Vaccination report Assam 1896-1927 - 1896-1927
Year: 1896
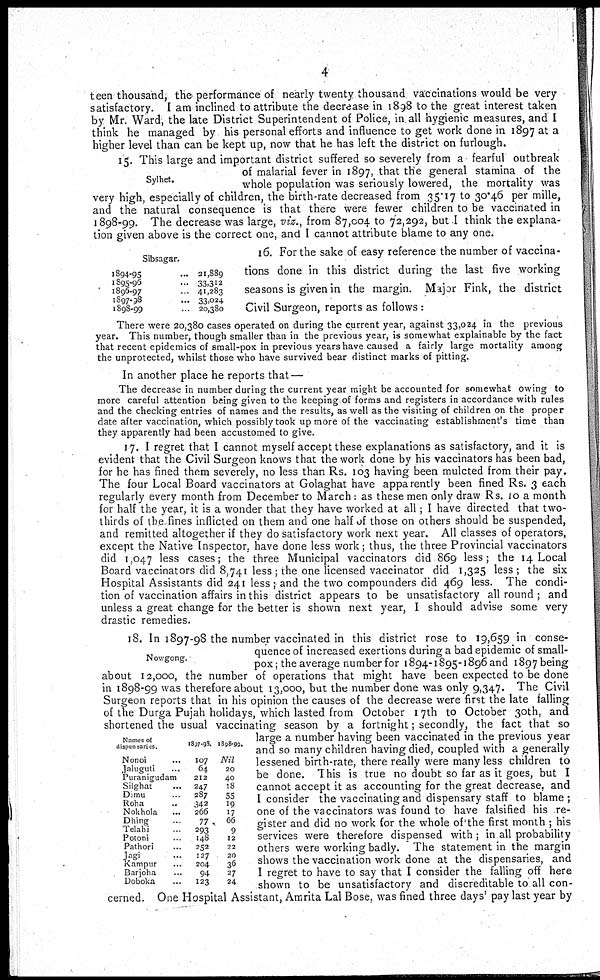
4
teen thousand, the performance of nearly twenty thousand vaccinations would be very
satisfactory. I am inclined to attribute the decrease in 1898 to the great interest taken
by Mr. Ward, the late District Superintendent of Police, in all hygienic measures, and I
think he managed by his personal efforts and influence to get work done in 1897 at a
higher level than can be kept up, now that he has left the district on furlough.
Sylhet.
15. This large and important district suffered so severely from a fearful outbreak
of malarial fever in 1897, that the general stamina of the
whole population was seriously lowered, the mortality was
very high, especially of children, the birth-rate decreased from 35.17 to 30.46 per mille,
and the natural consequence is that there were fewer children to be vaccinated in
1898-99. The decrease was large, viz., from 87,004 to 72,292, but I think the explana-
tion given above is the correct one, and I cannot attribute blame to any one.
Sibsagar.
1894-95...
1895-96...
1896-97...
1897-38...
1898-99...
21,889
33,312
41,283
33,024
20,380
16. For the sake of easy reference the number of vaccina-
tions done in this district during the last five working
seasons is given in the margin. Major Fink, the district
Civil Surgeon, reports as follows :
There were 20,380 cases operated on during the current year, against 33,024 in the previous
year. This number, though smaller than in the previous year, is somewhat explainable by the fact
that recent epidemics of small-pox in previous years have caused a fairly large mortality among
the unprotected, whilst those who have survived bear distinct marks of pitting.
In another place he reports that —
The decrease in number during the current year might be accounted for somewhat owing to
more careful attention being given to the keeping of forms and registers in accordance with rules
and the checking entries of names and the results, as well as the visiting of children on the proper
date after vaccination, which possibly took up more of the vaccinating establishment's time than
they apparently had been accustomed to give.
17. I regret that I cannot myself accept these explanations as satisfactory, and it is
evident that the Civil Surgeon knows that the work done by his vaccinators has been bad,
for he has fined them severely, no less than Rs. 103 having been mulcted from their pay.
The four Local Board vaccinators at Golaghat have apparently been fined Rs. 3 each
regularly every month from December to March : as these men only draw Rs. 10 a month
for half the year, it is a wonder that they have worked at all; I have directed that two-
thirds of the fines inflicted on them and one half of those on others should be suspended,
and remitted altogether if they do satisfactory work next year. All classes of operators,
except the Native Inspector, have done less work; thus, the three Provincial vaccinators
did 1,047 less cases; the three Municipal vaccinators did 869 less; the 14 Local
Board vaccinators did 8,741 less; the one licensed vaccinator did 1,325 less ; the six
Hospital Assistants did 241 less; and the two compounders did 469 less. The condi-
tion of vaccination affairs in this district appears to be unsatisfactory all round; and
unless a great change for the better is shown next year, I should advise some very
drastic remedies.
Nowgong.
Names of
dispensaries.
Nonoi...
Jaluguti...
Puranigudam
Silghat...
Dimu...
Roha...
Nokhola...
Dhing...
Telahi...
Potoni...
Pathori...
Jagi...
Kampur...
Barjoha...
Doboka...
1897-98.
107
64
212
247
287
342
266
77
293
148
252
127
204
94
123
1898-99.
Nil
20
40
18
55
19
17
66
9
12
22
20
36
27
24
18. In 1897-98 the number vaccinated in this district rose to 19,659 in conse-
quence of increased exertions during a bad epidemic of small-
pox; the average number for 1894-1895-1896 and 1897 being
about 12,000, the number of operations that might have been expected to be done
in 1898-99 was therefore about 13,000, but the number done was only 9,347. The Civil
Surgeon reports that in his opinion the causes of the decrease were first the late falling
of the Durga Pujah holidays, which lasted from October 17th to October 30th, and
shortened the usual vaccinating season by a fortnight; secondly, the fact that so
large a number having been vaccinated in the previous year
and so many children having died, coupled with a generally
lessened birth-rate, there really were many less children to
be done. This is true no doubt so far as it goes, but I
cannot accept it as accounting for the great decrease, and
I consider the vaccinating and dispensary staff to blame ;
one of the vaccinators was found to have falsified his re-
gister and did no work for the whole of' the first month ; his
services were therefore dispensed with ; in all probability
others were working badly. The statement in the margin
shows the vaccination work done at the dispensaries, and
I regret to have to say that I consider the falling off here
shown to be unsatisfactory and discreditable to all con-
cerned. One Hospital Assistant, Amrita Lal Bose, was fined three days' pay last year by